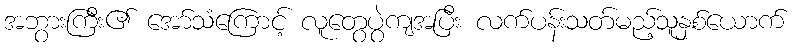
အဘွားကြီး၏ အော်သံကြောင့် လူတွေပွဲကျအပြီး လက်ပန်းသတ်မည့်သူနှစ်ယောက်